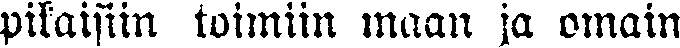
pikaisiin toimiin maan ja omain